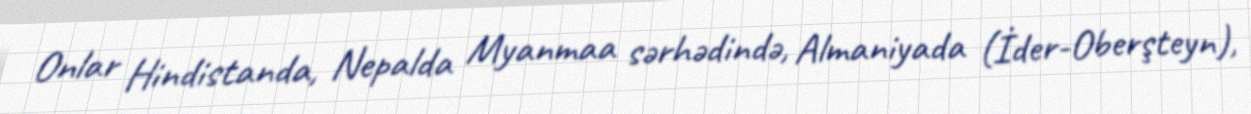
Onlar Hindistanda, Nepalda Myanmaa sərhədində, Almaniyada (İder-Oberşteyn),